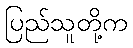
ပြည်သူတို့က